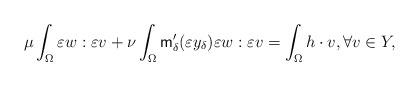
LaTeX: \begin{align*} \mu \int_{\Omega} \varepsilon w : \varepsilon v +\nu \int_{\Omega} \mathsf{m}_\delta ' (\varepsilon y_\delta)\varepsilon w : \varepsilon v = \int_{\Omega} h \cdot v , \forall v \in Y , \end{align*}